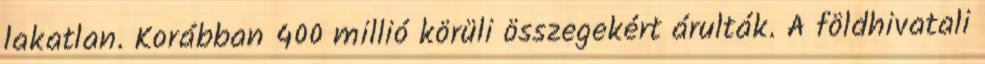
lakatlan. Korábban 400 millió körüli összegekért árulták. A földhivatali